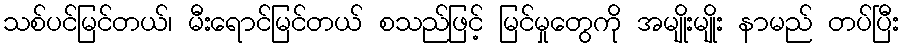
သစ်ပင်မြင်တယ်၊ မီးရောင်မြင်တယ် စသည်ဖြင့် မြင်မှုတွေကို အမျိုးမျိုး နာမည် တပ်ပြီး